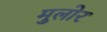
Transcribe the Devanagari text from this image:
मुलोर